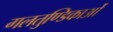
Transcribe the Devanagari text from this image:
गलतुण्डिकाओं